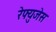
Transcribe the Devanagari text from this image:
रेफ्युजेस